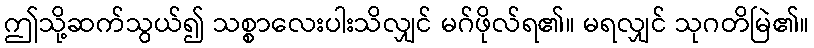
ဤသို့ဆက်သွယ်၍ သစ္စာလေးပါးသိလျှင် မဂ်ဖိုလ်ရ၏။ မရလျှင် သုဂတိမြဲ၏။